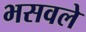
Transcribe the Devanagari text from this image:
भसवले